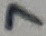
Text: 7